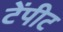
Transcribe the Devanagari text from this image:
टेंपीट